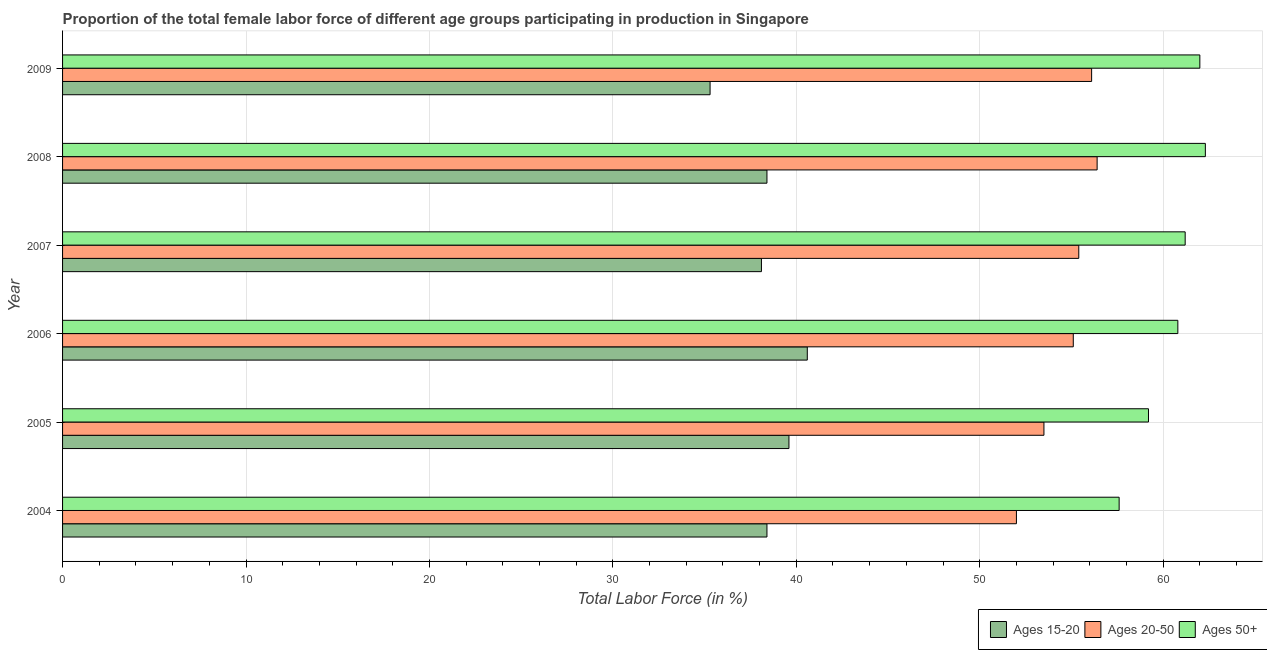
| Year | Ages 15-20 | Ages 20-50 | Ages 50+ |
 | --- | --- | --- | --- |
 | 2004 | 38.4 | 52 | 57.6 |
 | 2005 | 39.6 | 53.5 | 59.2 |
 | 2006 | 40.6 | 55.1 | 60.8 |
 | 2007 | 38.1 | 55.4 | 61.2 |
 | 2008 | 38.4 | 56.4 | 62.3 |
 | 2009 | 35.3 | 56.1 | 62 |